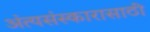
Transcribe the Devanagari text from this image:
अंत्यसंस्कारासाठी